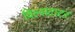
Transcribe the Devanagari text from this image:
विल्सटाटर